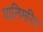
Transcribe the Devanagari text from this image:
पालिमरित